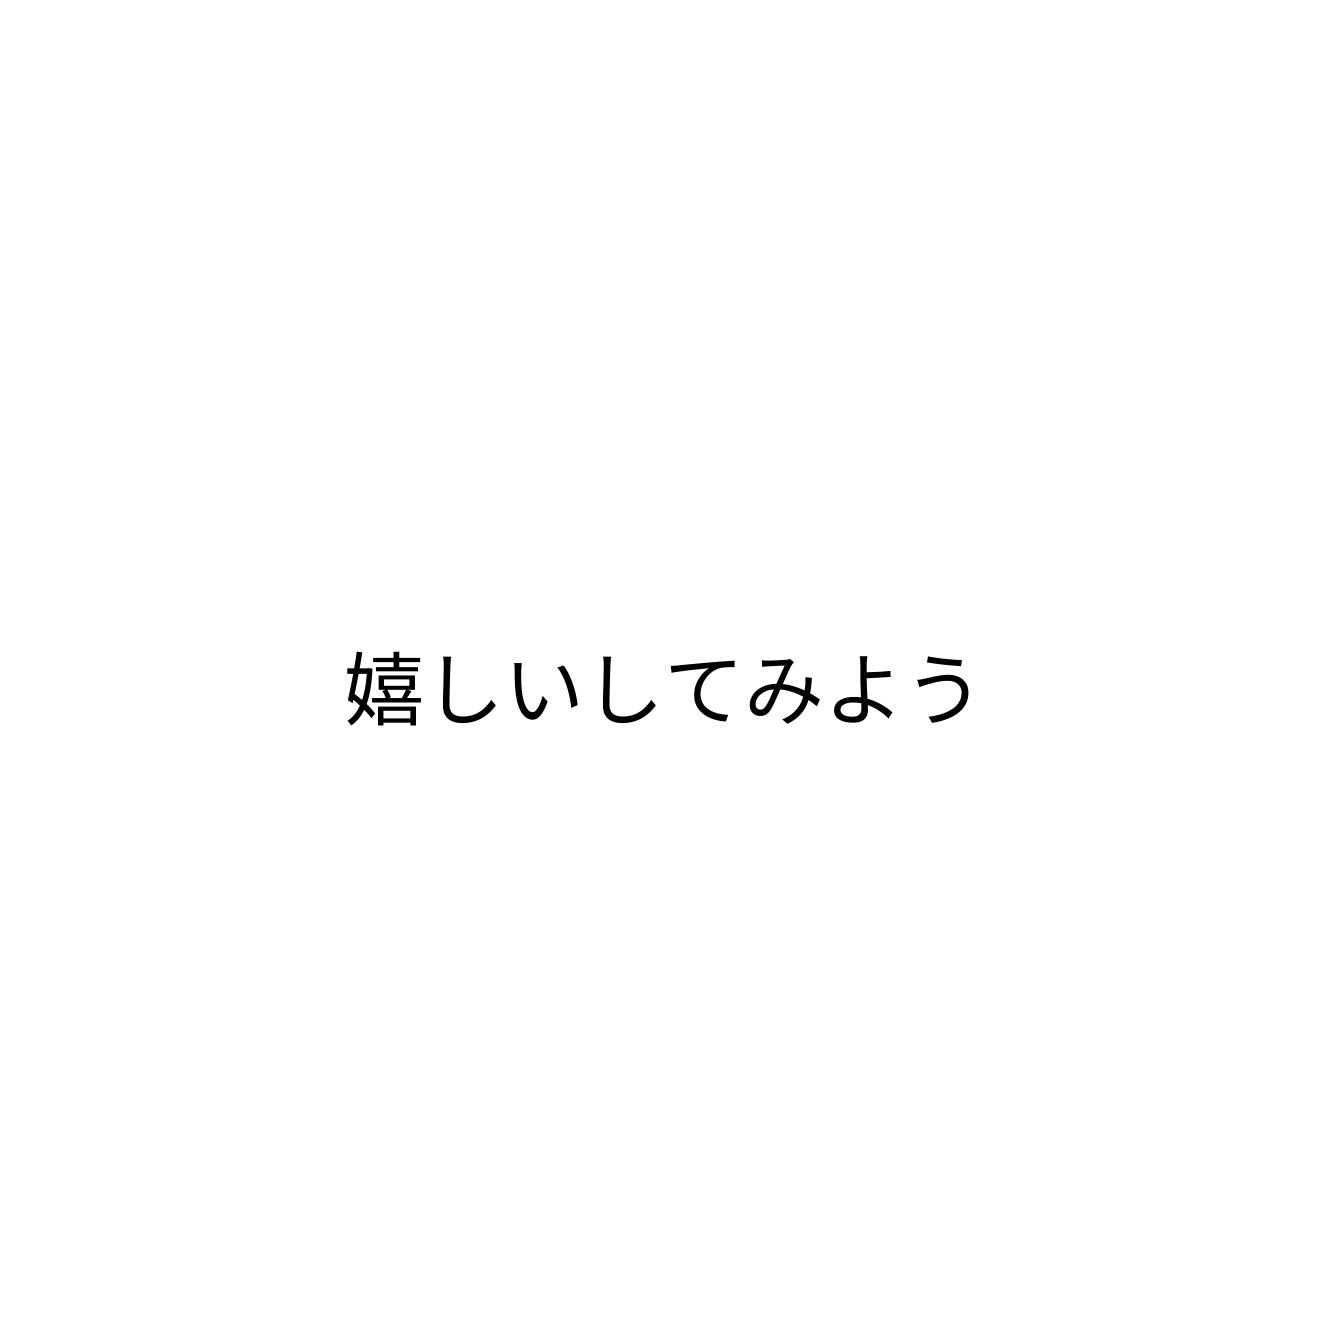
嬉しいしてみよう